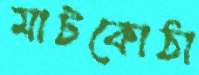
মাটকোঠা